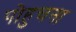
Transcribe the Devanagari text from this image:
पोहुचना